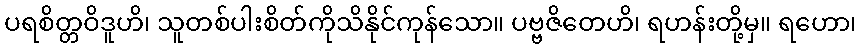
ပရစိတ္တဝိဒူဟိ၊ သူတစ်ပါးစိတ်ကိုသိနိုင်ကုန်သော။ ပဗ္ဗဇိတေဟိ၊ ရဟန်းတို့မှ။ ရဟော၊